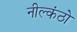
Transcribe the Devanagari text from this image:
नील्कंठो